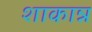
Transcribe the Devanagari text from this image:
शाकान्न